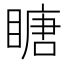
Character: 瞊